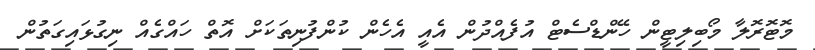
މޮޓޮރޮލާ މޯބިލިޓީން ހޭންޑްސެޓް އުފެއްދުން އެއީ އެހެން ކުންފުނިތަކަށް އޮތް ހައްގެއް ނިގުޅައިގަތުން